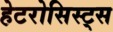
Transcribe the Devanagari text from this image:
हेटरोसिस्ट्स